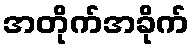
အတိုက်အခိုက်